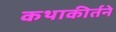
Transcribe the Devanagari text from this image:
कथाकीर्तने